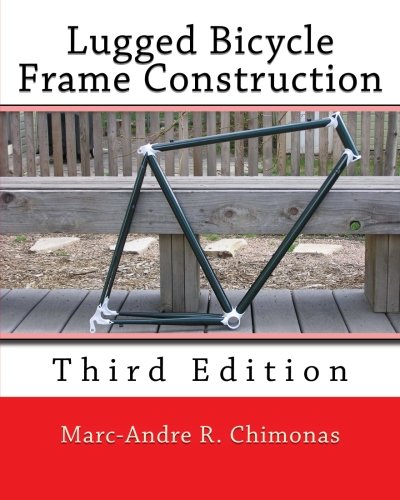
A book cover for Lugged Bicycle Frame Construction: Third Edition; Marc-Andre R. Chimonas; Sports & Outdoors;